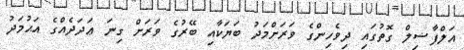
އަލްފާޟިލް ގޮތުގައި ދިވެހިންގެ ވަރަށްމަދު ބަޔަކާއި ބޭރުގެ ވަރަށް ގިނަ ޢަދަދެއްގެ އަޙުމަދު